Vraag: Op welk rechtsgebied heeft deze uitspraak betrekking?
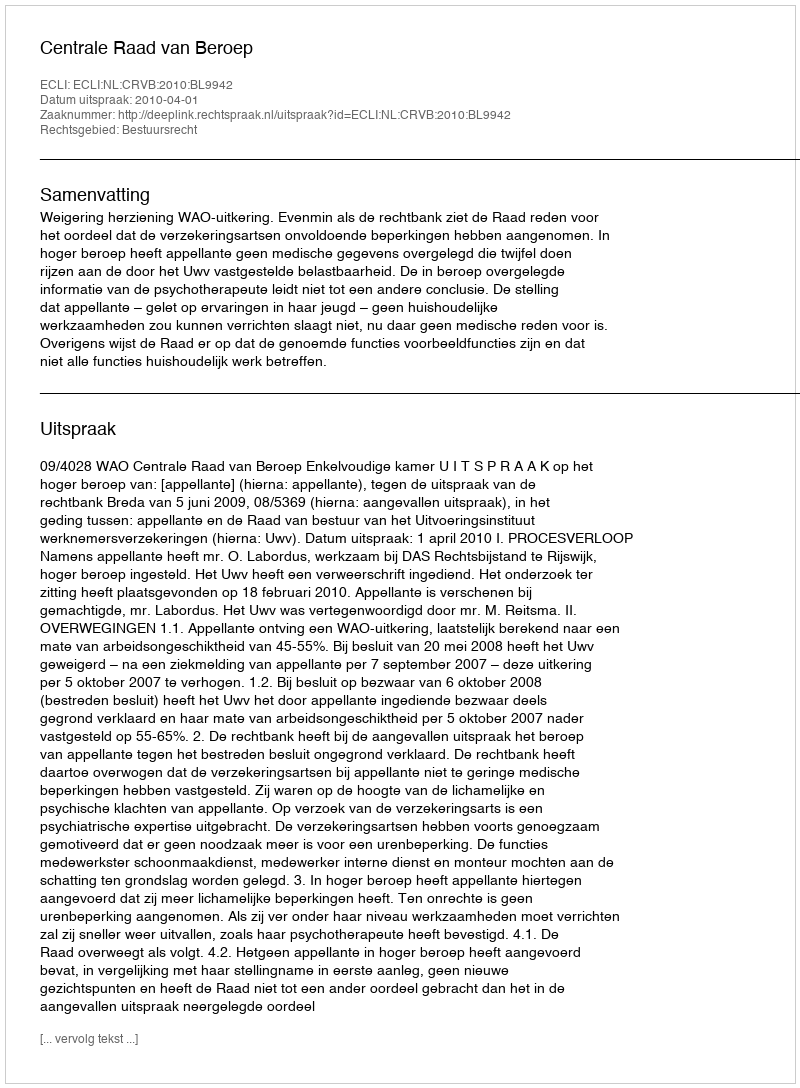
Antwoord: Bestuursrecht